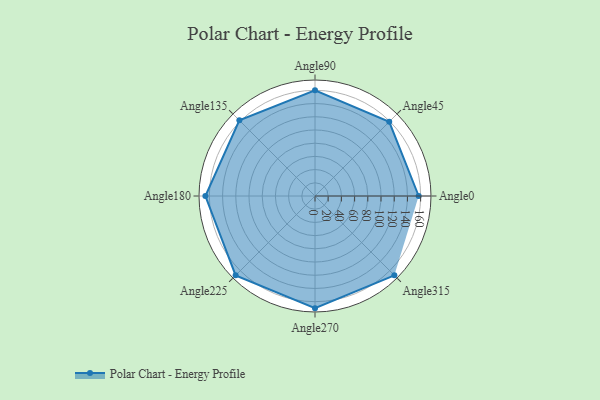
{"axis": {"x": "Angle", "y": "Radius"}, "legend": [""], "data": [{"x": "Angle0", "y": 157.0, "type": ""}, {"x": "Angle45", "y": 159.0, "type": ""}, {"x": "Angle90", "y": 160.0, "type": ""}, {"x": "Angle135", "y": 162.0, "type": ""}, {"x": "Angle180", "y": 166.0, "type": ""}, {"x": "Angle225", "y": 170, "type": ""}, {"x": "Angle270", "y": 170, "type": ""}, {"x": "Angle315", "y": 170, "type": ""}]}